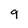
Character: 9